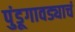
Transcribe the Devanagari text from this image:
पुंडूगावड्याचं